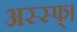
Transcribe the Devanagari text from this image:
अस्स्फ्।